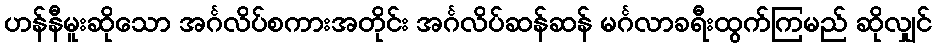
ဟန်နီမူးဆိုသော အင်္ဂလိပ်စကားအတိုင်း အင်္ဂလိပ်ဆန်ဆန် မင်္ဂလာခရီးထွက်ကြမည် ဆိုလျှင်